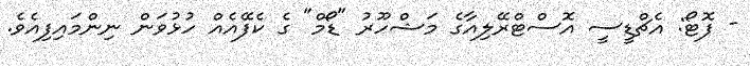
- ފޮޓޯ: އެޗްޑީސީ އޮސްޓްރޭލިއާގެ މަޝްހޫރު "ޑޯމް" ގެ ކެފޭއެއް ހުޅުވަން ނިންމައިފިއެވެ.